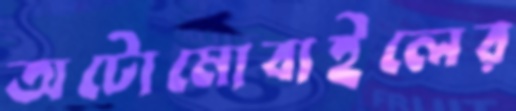
অটোমোবাইলের